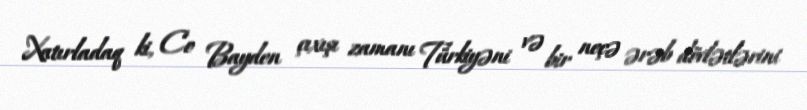
Xatırladaq ki, Co Bayden çıxışı zamanı Türkiyəni və bir neçə ərəb dövlətlərini